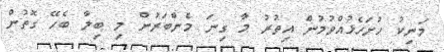
މަނިކު ހުށަހެޅުއްވުމުން އިތުރު މާ ގިނަ މެންބަރުން މި ބިލާ ބެހޭ ގޮތުން